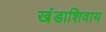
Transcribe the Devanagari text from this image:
खंडाशिवाय